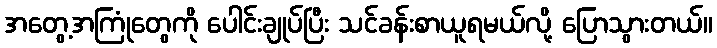
အတွေ့အကြုံတွေကို ပေါင်းချုပ်ပြီး သင်ခန်းစာယူရမယ်လို့ ပြောသွားတယ်။